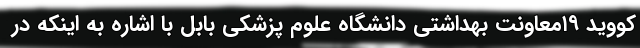
کووید ۱۹معاونت بهداشتی دانشگاه علوم پزشکی بابل با اشاره به اینکه در